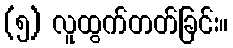
(၅) လူထွက်တတ်ခြင်း။